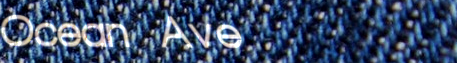
Ocean Ave